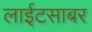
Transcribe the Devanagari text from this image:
लाईटसाबर